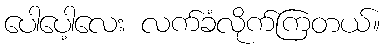
ပေါပေါ့လေး လက်ခံလိုက်ကြတယ်။